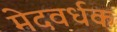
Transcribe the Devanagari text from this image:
मेदवर्धक